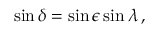
\sin \delta = \sin \epsilon \sin \lambda \, ,